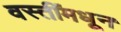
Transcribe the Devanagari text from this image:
वस्तींमधून